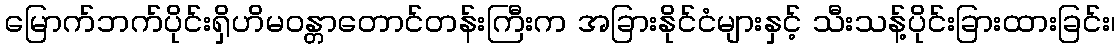
မြောက်ဘက်ပိုင်းရှိဟိမဝန္တာတောင်တန်းကြီးက အခြားနိုင်ငံများနှင့် သီးသန့်ပိုင်းခြားထားခြင်း၊